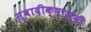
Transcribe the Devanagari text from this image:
स्वादीक्षाभूमी